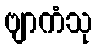
ဗျာကံသု